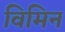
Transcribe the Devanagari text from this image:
विमिन